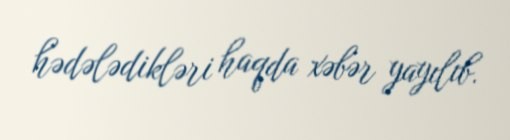
hədələdikləri haqda xəbər yayılıb.